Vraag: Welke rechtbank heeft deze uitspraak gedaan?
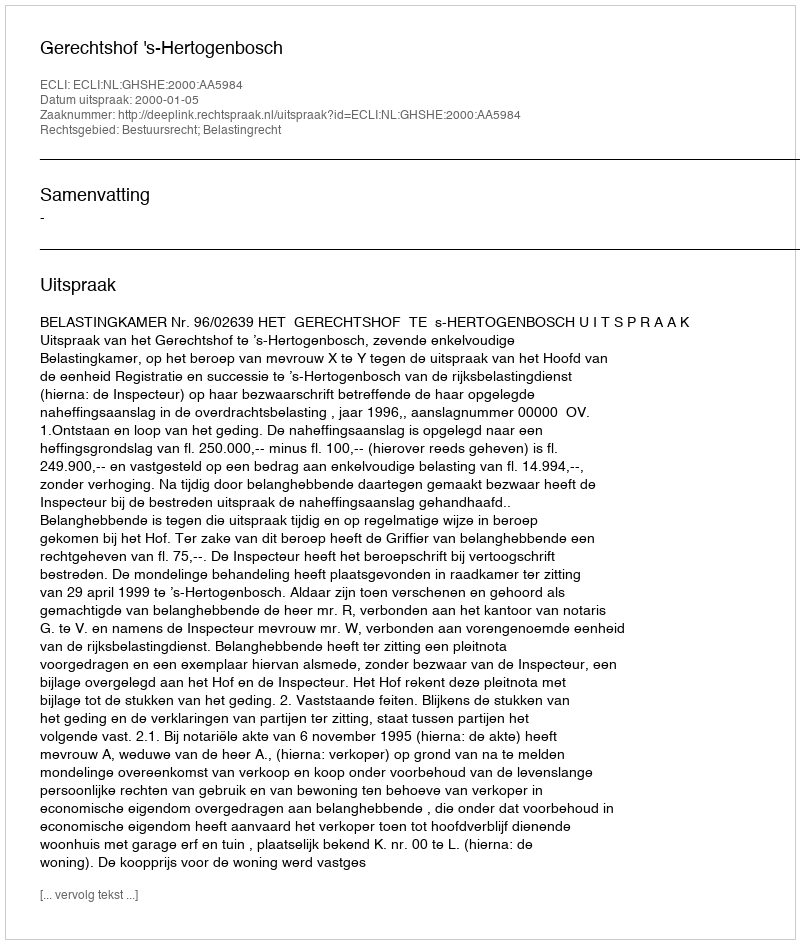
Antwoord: Gerechtshof 's-Hertogenbosch